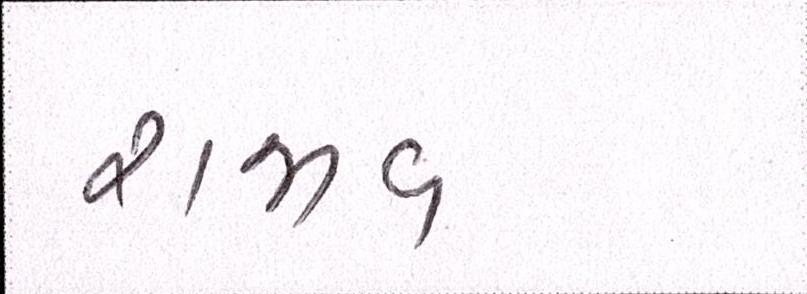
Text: રાજીવ